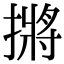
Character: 摪